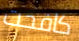
كافحت